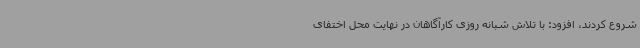
شروع کردند، افزود: با تلاش شبانه روزی کارآگاهان در نهایت محل اختفای